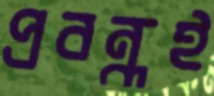
প্রবন্ধই